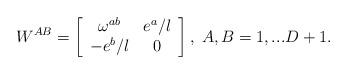
LaTeX: \begin{align*}W^{AB}=\left[ \begin{array}{cc}\omega ^{ab} & e^{a}/l \\ -e^{b}/l & 0\end{array}\right] ,\;A,B=1,...D+1. \end{align*}